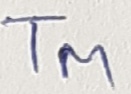
Text: TM